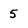
Character: 5